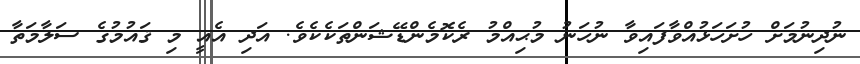
ނުދިނުމަށް ހުށަހަޅުއްވާފައިވާ ނުހަނު މުޙިއްމު ރެކޮމެންޑޭޝަންތަކެކެވެ. އަދި އެއީ މި ޤައުމުގެ ސަލާމަތާ